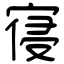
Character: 寑